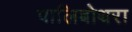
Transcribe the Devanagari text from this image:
पालिबोथरा